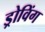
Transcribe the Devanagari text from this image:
ड्रोविंग